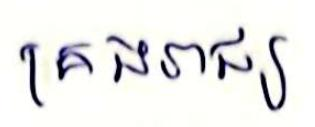
គ្រងរាជ្យ